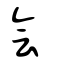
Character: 會